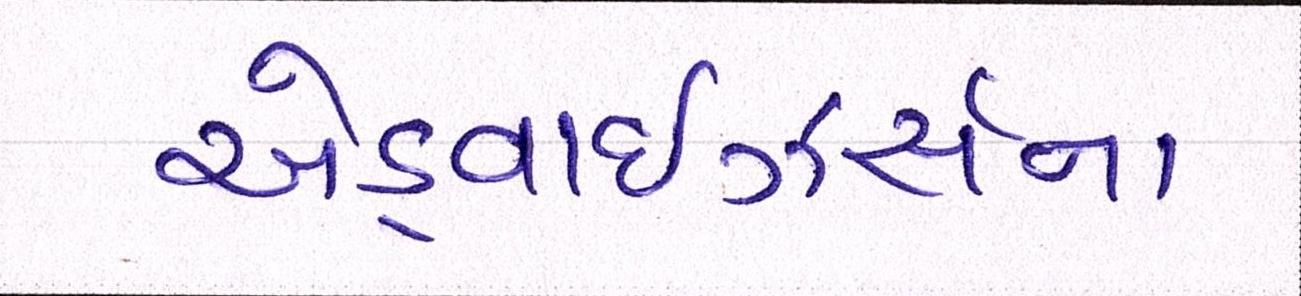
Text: એડ્વાઇઝર્સના